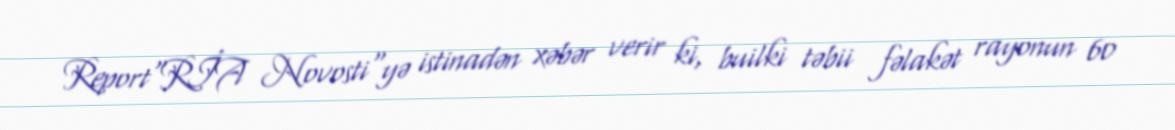
Report"RİA Novosti"yə istinadən xəbər verir ki, builki təbii fəlakət rayonun 60